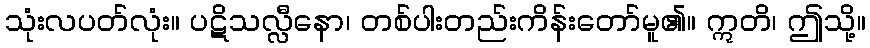
သုံးလပတ်လုံး။ ပဋိသလ္လီနော၊ တစ်ပါးတည်းကိန်းတော်မူ၏။ ဣတိ၊ ဤသို့။